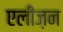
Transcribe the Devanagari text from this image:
एलीज़न